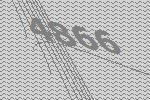
4866